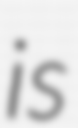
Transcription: is